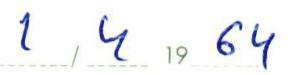
1 / 4 19 64